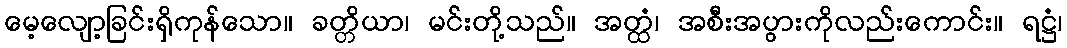
မေ့လျော့ခြင်းရှိကုန်သော။ ခတ္တိယာ၊ မင်းတို့သည်။ အတ္ထံ၊ အစီးအပွားကိုလည်းကောင်း။ ရဋ္ဌံ၊